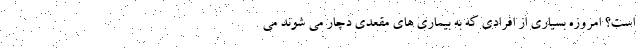
است؟ امروزه بسیاری از افرادی که به بیماری های مقعدی دچار می شوند می